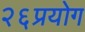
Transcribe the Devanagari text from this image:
२६प्रयोग